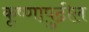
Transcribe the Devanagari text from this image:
कृष्णापुढील